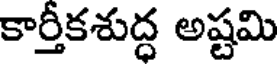
కార్తీకశుద్ధ అష్టమి